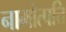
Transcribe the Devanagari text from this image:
नामोत्पत्ति